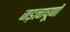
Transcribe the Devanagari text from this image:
जड़त्वाघूर्णों